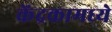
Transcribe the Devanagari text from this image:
केंद्रकामध्ये